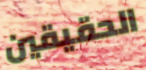
الحقيقين